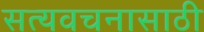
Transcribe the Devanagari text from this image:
सत्यवचनासाठी